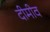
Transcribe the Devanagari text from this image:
दीमीव